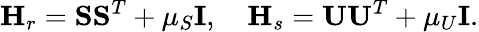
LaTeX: \mathbf{H}_{r}=\mathbf{S}\mathbf{S}^{T}+\mu_{S}\mathbf{I},\quad\mathbf{H}_{s}=\mathbf{U}\mathbf{U}^{T}+\mu_{U}\mathbf{I}.